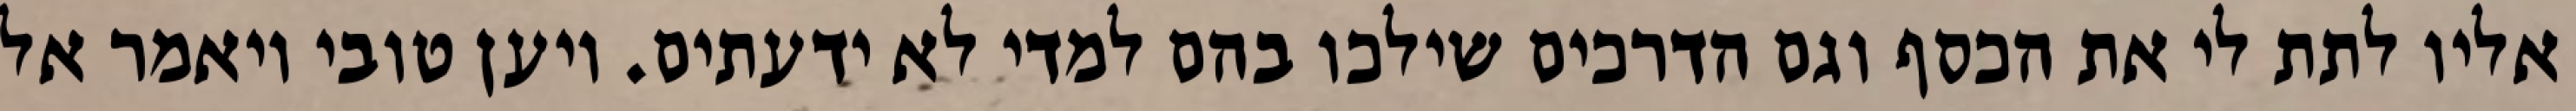
אליו לתת לי את הכסף וגם הדרכים שילכו בהם למדי לא ידעתים. ויען טובי ויאמר אל